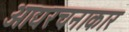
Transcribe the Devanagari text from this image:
आद्यरचनाकार